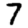
Digit: 7